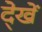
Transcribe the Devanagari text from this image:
दे्खें